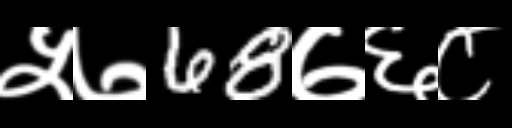
Text: ५७68७६८